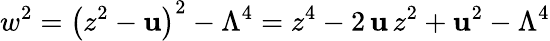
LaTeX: w^{2}=\left(z^{2}-\mathbf{u}\right)^{2}-\Lambda^{4}=z^{4}-2\, \mathbf{u}\, z^{2}+\mathbf{u}^{2}-\Lambda^{4}